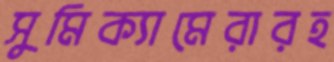
সুমিক্যামেরারহ